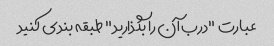
عبارت "درب آن را بگذارید" طبقه بندی کنید